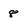
Character: 8